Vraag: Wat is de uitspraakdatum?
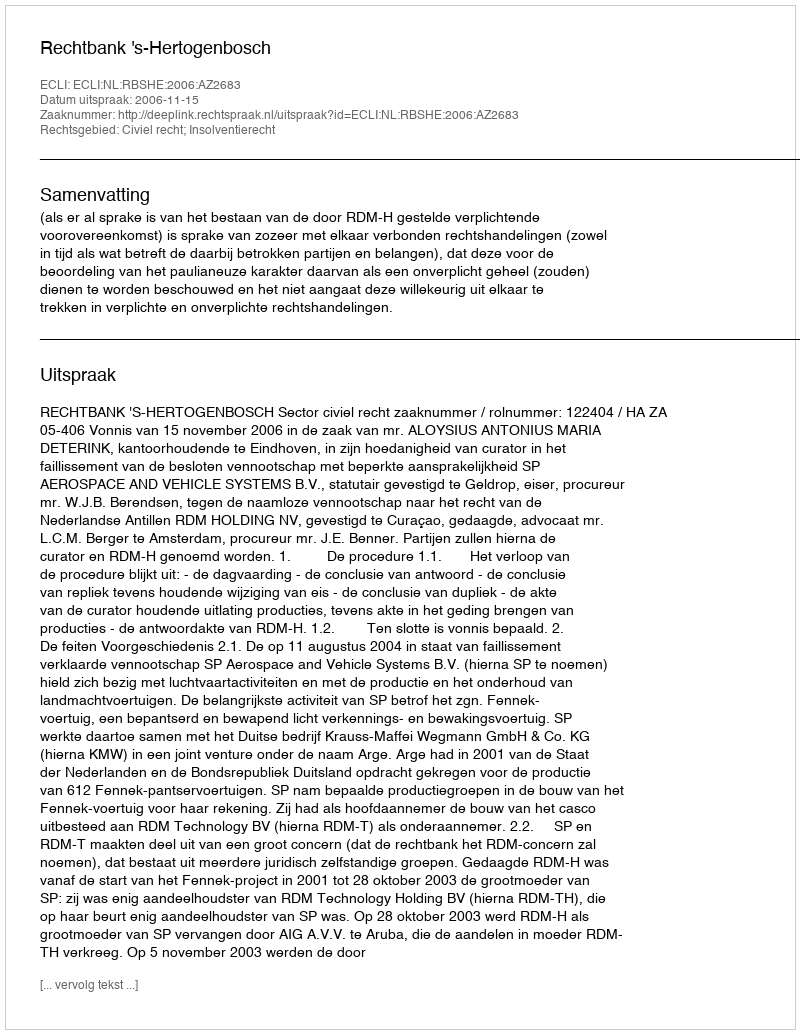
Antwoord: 2006-11-15